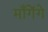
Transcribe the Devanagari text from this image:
माँगेंगे